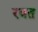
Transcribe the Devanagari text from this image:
रवत